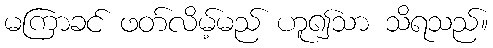
မကြာခင် ဖတ်လိမ့်မည် ဟူ၍သာ သိရသည်။